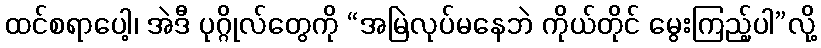
ထင်စရာပေါ့၊ အဲဒီ ပုဂ္ဂိုလ်တွေကို “အမြဲလုပ်မနေဘဲ ကိုယ်တိုင် မွေးကြည့်ပါ”လို့